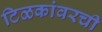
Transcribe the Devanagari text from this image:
टिळकांवरची